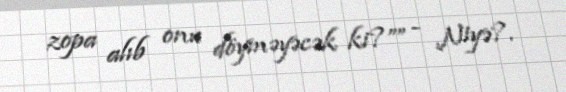
zopa alıb onu döyməyəcək ki?”” - Niyə?.